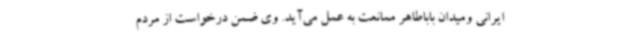
ایرانی ومیدان باباطاهر ممانعت به عمل می‌آید. وی ضمن درخواست از مردم